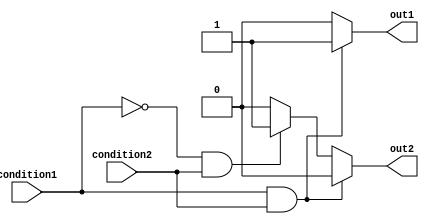
module conditional_statements (
    input wire condition1,
    input wire condition2,
    output reg out1,
    output reg out2
);

initial begin
    if (condition1 && condition2) begin
        out1 <= 1;
        out2 <= 0;
    end else if (!condition1 && condition2) begin
        out1 <= 0;
        out2 <= 1;
    end else begin
        out1 <= 0;
        out2 <= 0;
    end
end

endmodule